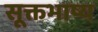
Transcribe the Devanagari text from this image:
सूक्तभाष्य